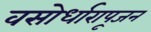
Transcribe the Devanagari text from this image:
वसोर्धारापूजन